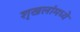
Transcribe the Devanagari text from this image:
शृखलांमध्ये